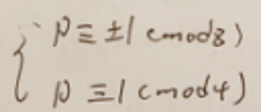
\[
\begin{cases}
p\equiv \pm 1 \pmod{8}\\
p\equiv 1 \pmod{4}
\end{cases}
\]